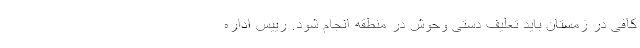
کافی در زمستان باید تعلیف دستی وحوش در منطقه انجام شود. رییس اداره